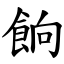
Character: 餉